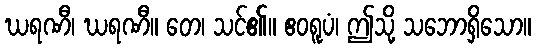
ဃရဏီ၊ ဃရဏီ။ တေ၊ သင်၏။ ဧဝရူပံ၊ ဤသို့ သဘောရှိသော။